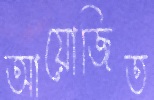
আয়োজিত